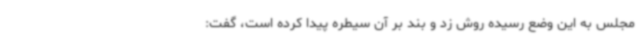
مجلس به این وضع رسیده روش زد و بند بر آن سیطره پیدا کرده است، گفت: